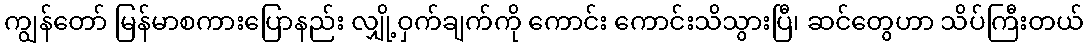
ကျွန်တော် မြန်မာစကားပြောနည်း လျှို့ဝှက်ချက်ကို ကောင်း ကောင်းသိသွားပြီ၊ ဆင်တွေဟာ သိပ်ကြီးတယ်